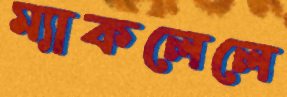
ম্যাকলেলে